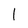
Character: l